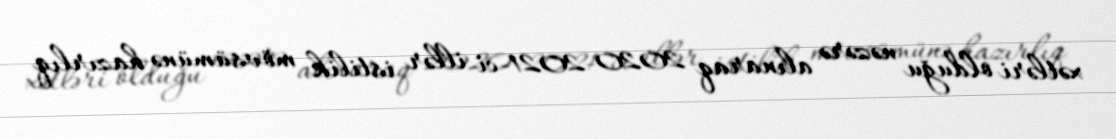
xətləri olduğu nəzərə alınaraq 2020-2021-ci illər istilik mövsümünə hazırlıq